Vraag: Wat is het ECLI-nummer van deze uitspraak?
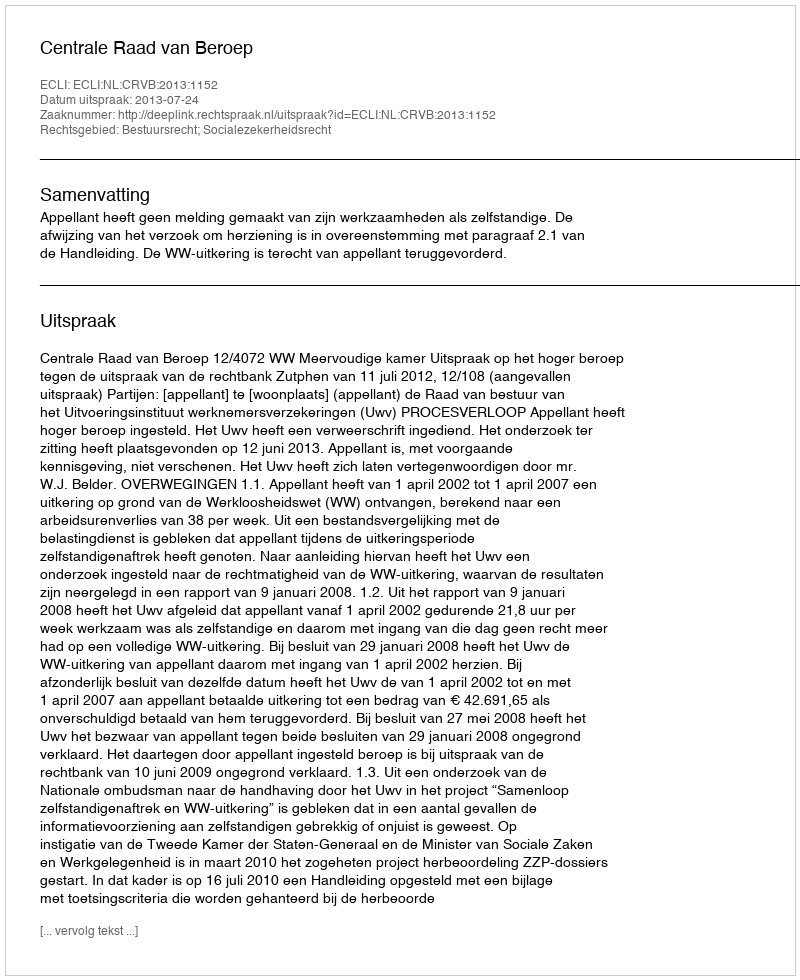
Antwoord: ECLI:NL:CRVB:2013:1152